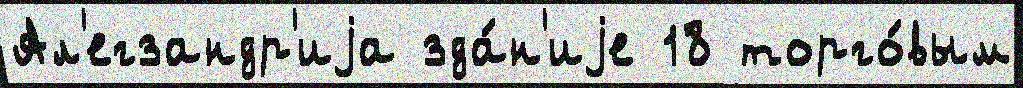
Ал'егзандр'иjа зда́н'иjе 18 торго́вым